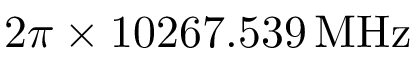
2 \pi \times 1 0 2 6 7 . 5 3 9 \, \mathrm { M H z }